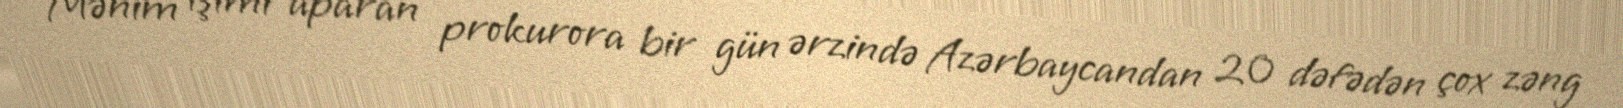
Mənim işimi aparan prokurora bir gün ərzində Azərbaycandan 20 dəfədən çox zəng